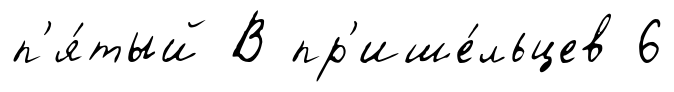
п'я́тый В пр'ише́льцев 6